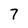
Character: 7